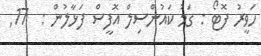
ހަވީރު ފޮޓޯ : ގަމު ކައުންސިލް އޮފީސް ފަޅާލުން :  17